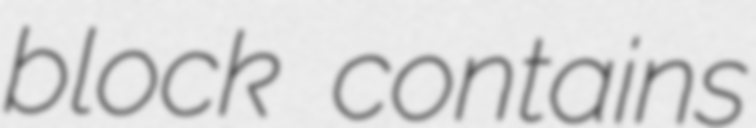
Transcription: block contains